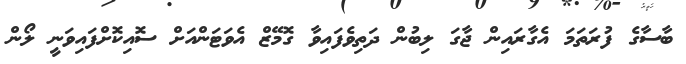
ބާސާގެ ފުރަތަމަ އެގާރައިން ޖާގަ ލިބުން ދަތިވެފައިވާ ގޮމޭޒް އެވަޓަންއަށް ސޮއިކޮށްފައިވަނީ ލޯން